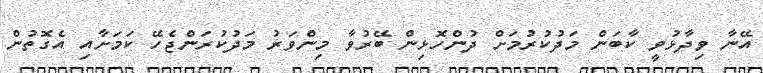
އޭނާ ވިދާޅުވީ ކާބަން މަދުކުރުމަށް ދުންހޮޅިން ބޭރުވާ މިންވަރު މަދުކުރަންޖެހޭ ކަމަށާއި އެގޮތުން